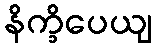
နိက္ခိပေယျ